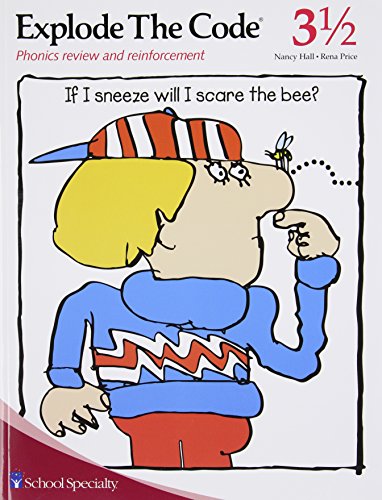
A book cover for Explode the Code/Book Three and One Half; Nancy Hall; Reference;